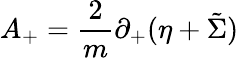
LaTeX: A_{+}={\frac{2}{m}}\partial_{+}(\eta+\tilde{\Sigma})